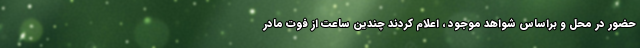
حضور در محل و براساس شواهد موجود ، اعلام کردند چندین ساعت از فوت مادر